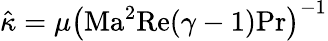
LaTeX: \hat{\kappa}=\mu\left(\mathrm{Ma}^{2}\mathrm{Re}(\gamma-1)\mathrm{Pr}\right)^{-1}